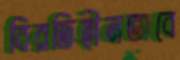
বিরতিহীনভাবে